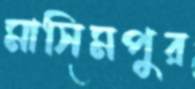
মাসিমপুর